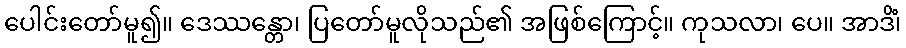
ပေါင်းတော်မူ၍။ ဒေဿန္တော၊ ပြတော်မူလိုသည်၏ အဖြစ်ကြောင့်။ ကုသလာ၊ ပေ။ အာဒိံ၊